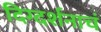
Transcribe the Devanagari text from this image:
दिग्दर्शनाचं